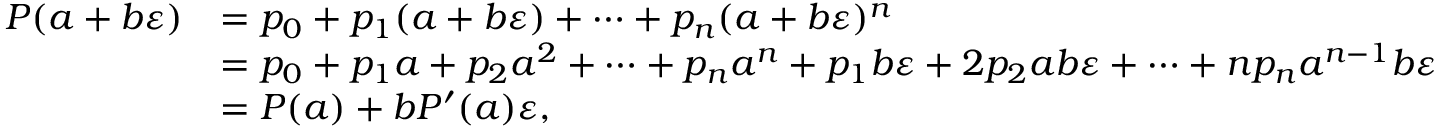
{ \begin{array} { r l } { P ( a + b \varepsilon ) } & { = p _ { 0 } + p _ { 1 } ( a + b \varepsilon ) + \cdots + p _ { n } ( a + b \varepsilon ) ^ { n } } \\ & { = p _ { 0 } + p _ { 1 } a + p _ { 2 } a ^ { 2 } + \cdots + p _ { n } a ^ { n } + p _ { 1 } b \varepsilon + 2 p _ { 2 } a b \varepsilon + \cdots + n p _ { n } a ^ { n - 1 } b \varepsilon } \\ & { = P ( a ) + b P ^ { \prime } ( a ) \varepsilon , } \end{array} }